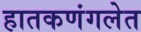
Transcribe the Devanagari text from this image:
हातकणंगलेत